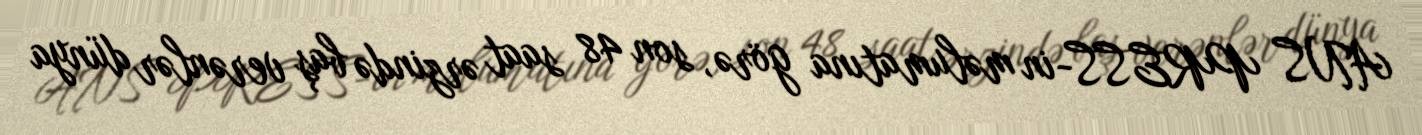
ANS PRESS-in məlumatına görə, son 48 saat ərzində baş verənlər dünya